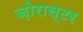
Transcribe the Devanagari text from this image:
ज़ोरास्टर